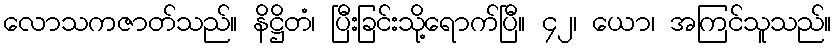
လောသကဇာတ်သည်။ နိဋ္ဌိတံ၊ ပြီးခြင်းသို့ရောက်ပြီ။ ၄၂၊ ယော၊ အကြင်သူသည်။